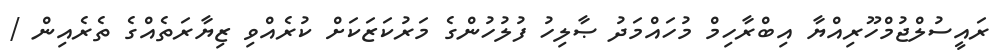
ރައީސުލްޖުމްހޫރިއްޔާ އިބްރާހިމް މުހައްމަދު ޞާލިހު ފުލުހުންގެ މަރުކަޒަކަށް ކުރެއްވި ޒިޔާރަތެއްގެ ތެރެއިން /